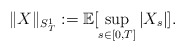
\begin{align*} \|X\|_{S_T^1}:= \mathbb{E}[\sup_{s\in[0,T]}|X_s|].\end{align*}